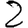
Digit: 2